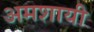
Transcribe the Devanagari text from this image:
अमशायी